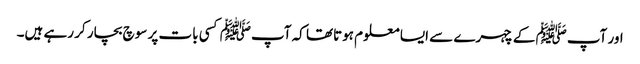
اور آپﷺ کے چہرے سے ایسا معلوم ہوتاتھا کہ آپﷺ کسی بات پر سوچ بچار کر رہے ہیں۔